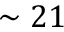
\sim 2 1